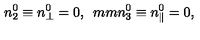
n _ { 2 } ^ { 0 } \equiv n _ { \perp } ^ { 0 } = 0 , \hspace * { 5 m m } n _ { 3 } ^ { 0 } \equiv n _ { \parallel } ^ { 0 } = 0 ,